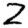
Digit: 2